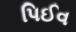
પિઈવ